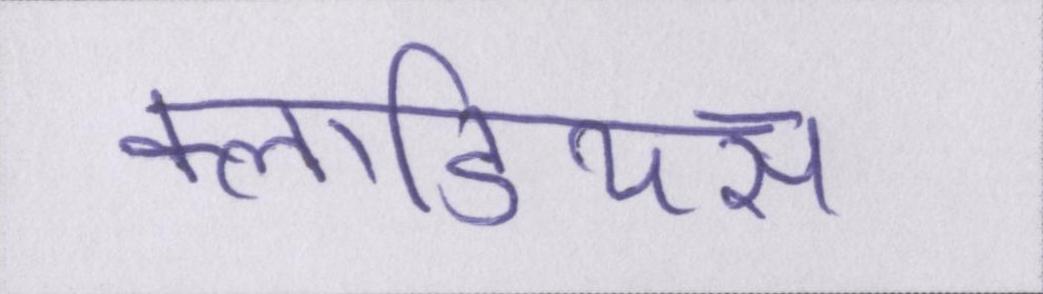
क्लाडियस